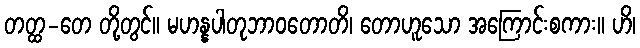
တတ္ထ-တေ တို့တွင်။ မဟန္နပါတုဘာဝတောတိ၊ တောဟူသော အကြောင်းစကား။ ဟိ၊